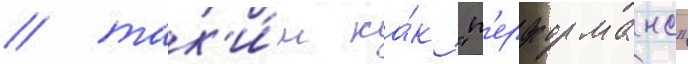
/ так'и́м ка́к "п'ерформанс"